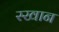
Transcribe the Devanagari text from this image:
स्खान